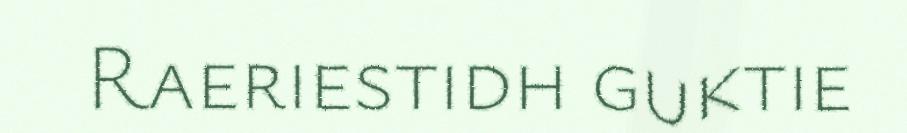
Raeriestidh guktie